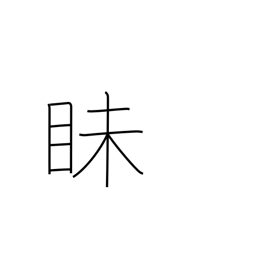
Meaning: dark